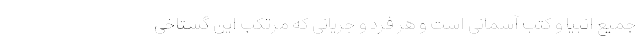
جمیع انبیا و کتب آسمانی است و هر فرد و جریانی که مرتکب این گستاخی